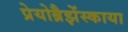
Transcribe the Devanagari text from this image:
प्रेयोब्रैझेंस्काया